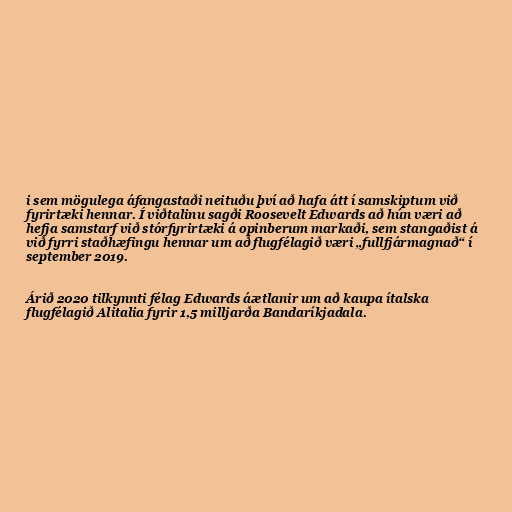
i sem mögulega áfangastaði neituðu því að hafa átt í samskiptum við
fyrirtæki hennar. Í viðtalinu sagði Roosevelt Edwards að hún væri að
hefja samstarf við stórfyrirtæki á opinberum markaði, sem stangaðist á
við fyrri staðhæfingu hennar um að flugfélagið væri „fullfjármagnað“ í
september 2019.

Árið 2020 tilkynnti félag Edwards áætlanir um að kaupa ítalska
flugfélagið Alitalia fyrir 1,5 milljarða Bandaríkjadala.